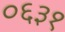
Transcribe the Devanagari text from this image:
०६३१